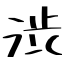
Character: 渋